Indian journal of veterinary science and animal husbandry - Volume 6,
Year: 1936
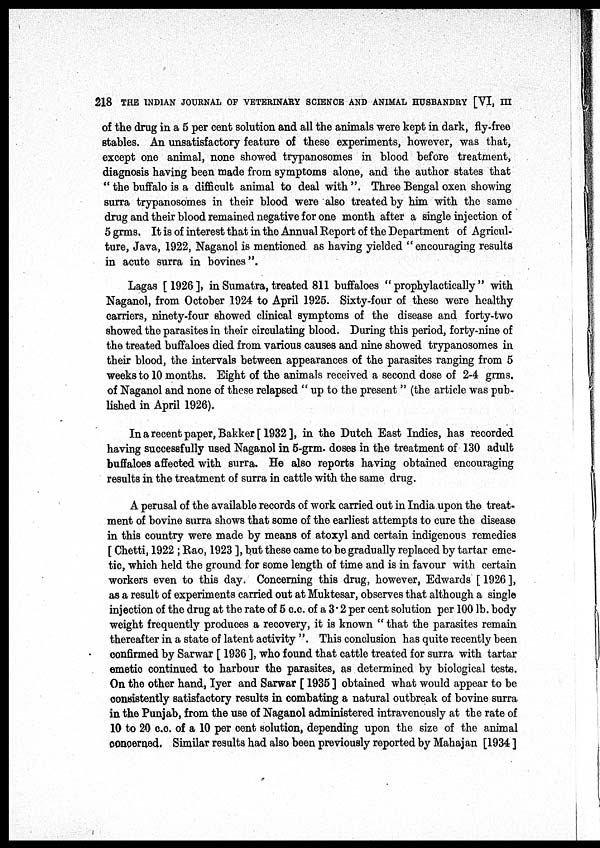
218 THE INDIAN JOURNAL OF VETERINARY SCIENCE AND ANIMAL HUSBANDRY [VI, III
of the drug in a 5 per cent solution and all the animals were kept in dark, fly-free
stables. An unsatisfactory feature of these experiments, however, was that,
except one animal, none showed trypanosomes in blood before treatment,
diagnosis having been made from symptoms alone, and the author states that
" the buffalo is a difficult animal to deal with ". Three Bengal oxen showing
surra trypanosomes in their blood were also treated by him with the same
drug and their blood remained negative for one month after a single injection of
5 grms. It is of interest that in the Annual Report of the Department of Agricul-
ture, Java, 1922, Naganol is mentioned, as having yielded "encouraging results
in acute surra in bovines".
Lagas [ 1926 ], in Sumatra, treated 811 buffaloes " prophylactically" with
Naganol, from October 1924 to April 1925. Sixty-four of these were healthy
carriers, ninety-four showed clinical symptoms of the disease and forty-two
showed the parasites in their circulating blood. During this period, forty-nine of
the treated buffaloes died from various causes and nine showed trypanosomes in
their blood, the intervals between appearances of the parasites ranging from 5
weeks to 10 months. Eight of the animals received a second dose of 2-4 grms.
of Naganol and none of these relapsed " up to the present " (the article was pub-
lished in April 1926).
In a recent paper, Bakker [ 1932], in the Dutch East Indies, has recorded
having successfully used Naganol in 5-grm. doses in the treatment of 130 adult
buffaloes affected with surra. He also reports having obtained encouraging
results in the treatment of surra in cattle with the same drug.
A perusal of the available records of work carried out in India upon the treat-
ment of bovine surra shows that some of the earliest attempts to cure the disease
in this country were made by means of atoxyl and certain indigenous remedies
[ Chetti, 1922 ; Rao, 1923 ], but these came to be gradually replaced by tartar eme-
tic, which held the ground for some length of time and is in favour with certain
workers even to this day. Concerning this drug, however, Edwards [ 1926 ],
as a result of experiments carried out at Muktesar, observes that although a single
injection of the drug at the rate of 5 c.c. of a 3.2 per cent solution per 100 lb. body
weight frequently produces a recovery, it is known " that the parasites remain
thereafter in a state of latent activity ". This conclusion has quite recently been
confirmed by Sarwar [ 1936 ], who found that cattle treated for surra with tartar
emetic continued to harbour the parasites, as determined by biological tests.
On the other hand, Iyer and Sarwar [ 1935 ] obtained what would appear to be
consistently satisfactory results in combating a natural outbreak of bovine surra
in the Punjab, from the use of Naganol administered intravenously at the rate of
10 to 20 c.c. of a 10 per cent solution, depending upon the size of the animal
concerned. Similar results had also been previously reported by Mahajan [1934 ]